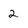
Character: 2